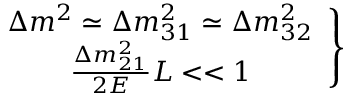
\left. \begin{array} { c } { { \Delta m ^ { 2 } \simeq \Delta m _ { 3 1 } ^ { 2 } \simeq \Delta m _ { 3 2 } ^ { 2 } } } \\ { { \frac { \Delta m _ { 2 1 } ^ { 2 } } { 2 E } L < < 1 } } \end{array} \right\}